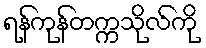
ရန်ကုန်တက္ကသိုလ်ကို